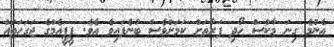
އެންމެ ގިނަ މާކްސް ހޯދި ފަރާތަށް ކަމަށްވެސް ބުނެފައިވެ އެވެ. ޕީޕީއެމްގެ ޖަގަހަތައް